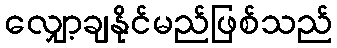
လျှော့ချနိုင်မည်ဖြစ်သည်